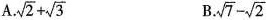
A. $$\sqrt{2}+ \sqrt{3}$$ B. $$\sqrt{7}- \sqrt{2}$$